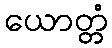
ယောတ္တံ